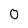
Character: 0